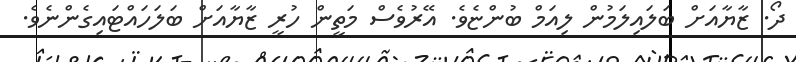
ދޯ. ޒާޔާއަށް ބަލައިލަމުން ލިއަމް ބުންޏެވެ. އޭރުވެސް މަތީން ހުރީ ޒާޔާއަށް ބަލަހައްޓައިގެންނެވެ.